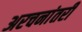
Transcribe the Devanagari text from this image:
अरचनांतरी